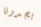
يجدونا